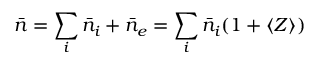
\bar { n } = \sum _ { i } \bar { n } _ { i } + \bar { n } _ { e } = \sum _ { i } \bar { n } _ { i } ( 1 + \langle Z \rangle )